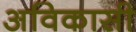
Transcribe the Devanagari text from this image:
अविकासी